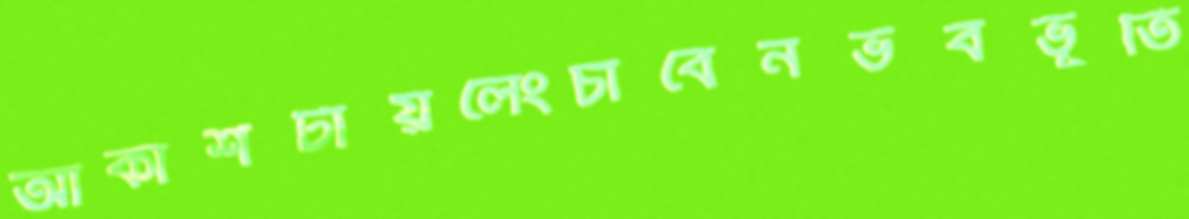
আকাশটায়লেংচাবেনভবভূতি